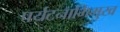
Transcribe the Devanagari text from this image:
पर्यटनाभिमुख